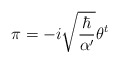
\begin{align*}\pi=-i\sqrt{\frac{\hbar}{\alpha'}}\theta^t\end{align*}